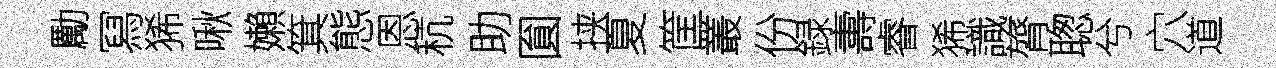
勵冩狶啾嬾箕態恩秔助圎挟夏筐叢份録夀睿狶識膂聦兮穴道